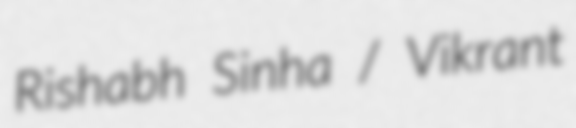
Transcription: Rishabh Sinha / Vikrant